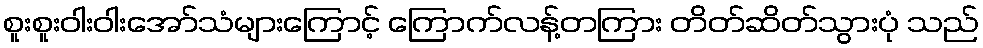
စူးစူးဝါးဝါးအော်သံများကြောင့် ကြောက်လန့်တကြား တိတ်ဆိတ်သွားပုံ သည်